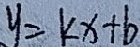
y = k x + b